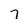
Character: 7